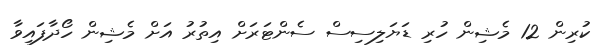
ކުރިން 12 މެޝިން ހުރި ޑަޔަލިސިސް ސެންޓަރަށް އިތުރު އަށް މެޝިން ހޯދާފައިވާ